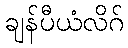
ချန်ပီယံလိဂ်